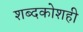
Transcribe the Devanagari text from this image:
शब्दकोशही